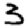
Digit: 3